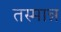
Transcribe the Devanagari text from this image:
तस्मान्न